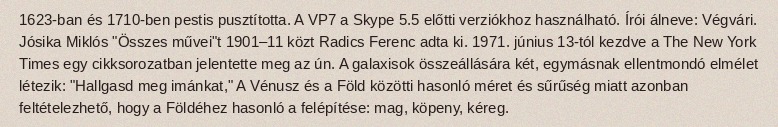
1623-ban és 1710-ben pestis pusztította. A VP7 a Skype 5.5 előtti verziókhoz használható. Írói álneve: Végvári. Jósika Miklós "Összes művei"t 1901–11 közt Radics Ferenc adta ki. 1971. június 13-tól kezdve a The New York Times egy cikksorozatban jelentette meg az ún. A galaxisok összeállására két, egymásnak ellentmondó elmélet létezik: "Hallgasd meg imánkat," A Vénusz és a Föld közötti hasonló méret és sűrűség miatt azonban feltételezhető, hogy a Földéhez hasonló a felépítése: mag, köpeny, kéreg.